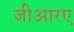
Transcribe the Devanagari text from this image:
जीआरए